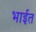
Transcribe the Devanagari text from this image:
भाईत